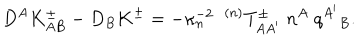
D ^ { A } K _ { A B } ^ { \pm } - D _ { B } K ^ { \pm } = - \kappa _ { n } ^ { - 2 } \; \; { } ^ { ( n ) } T _ { A A ^ { \prime } } ^ { \pm } \; n ^ { A } \; q ^ { A ^ { \prime } } { } _ { B } .